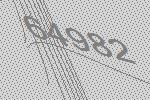
64982